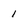
Character: 1